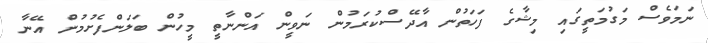
ނަމަވެސް މަގުމަތީގައި މިޝާގެ ފަހަތުން އާދޭސްކުރަމުން ނަވީން އަންނާތީ މީހުން ބަލަންފެށުމުން އޭނާ